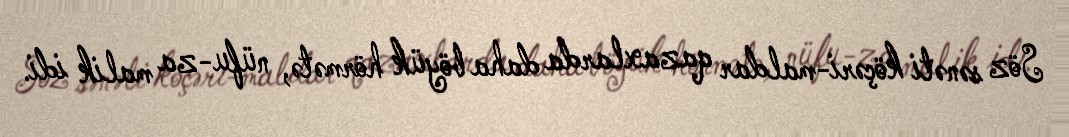
Söz sənəti köçəri-maldar qazaxlarda daha böyük hörmətə, nüfu-za malik idi.